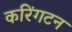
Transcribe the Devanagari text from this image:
करिंगटन